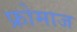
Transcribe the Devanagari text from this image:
फ्रोमाज